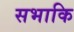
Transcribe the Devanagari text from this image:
सभाकि